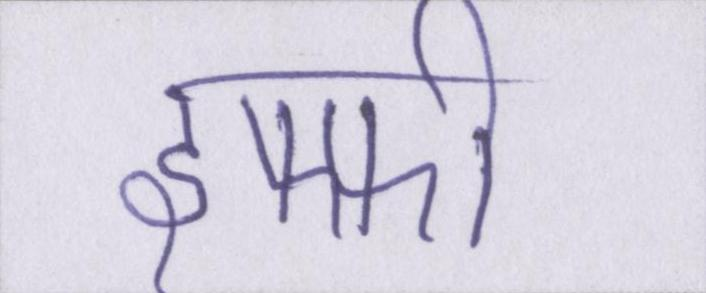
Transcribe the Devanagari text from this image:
इफ्फी